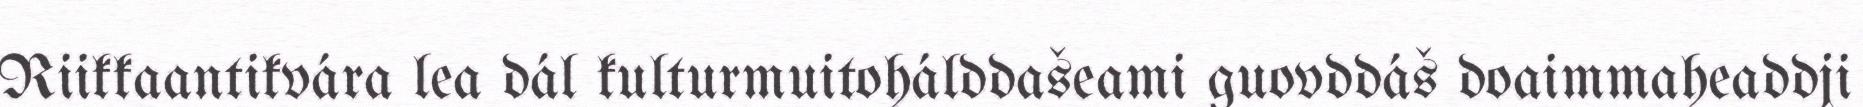
Riikkaantikvára lea dál kulturmuitohálddašeami guovddáš doaimmaheaddji